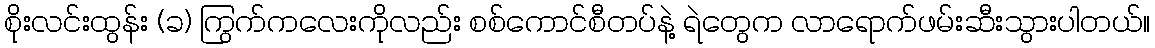
စိုးလင်းထွန်း (ခ) ကြွက်ကလေးကိုလည်း စစ်ကောင်စီတပ်နဲ့ ရဲတွေက လာရောက်ဖမ်းဆီးသွားပါတယ်။